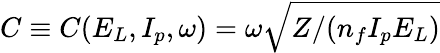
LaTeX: C\equiv C(E_{L},I_{p},\omega)=\omega\sqrt{Z/(n_{f}{I_{p}}E_{L})}